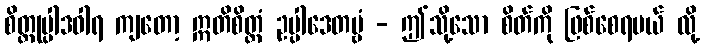
စိတ္တုပ္ပါဒဝါရ ကျတော့ ဣတိစိတ္တံ ဥပ္ပါဒေတဗ္ဗံ - ဤသို့သော စိတ်ကို ဖြစ်စေရမယ် လို့